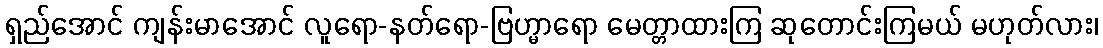
ရှည်အောင် ကျန်းမာအောင် လူရော-နတ်ရော-ဗြဟ္မာရော မေတ္တာထားကြ ဆုတောင်းကြမယ် မဟုတ်လား၊